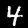
Label: 4